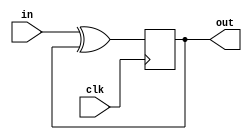
module top_module (
    input clk,
    input in, 
    output out);
    wire d;
    
    always@(posedge clk) begin
        out <= in ^out;
    end
   
endmodule